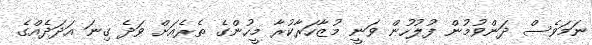
ނަމަވެސް ދަންވުމުން ފުލުހުން ވަނީ މުޒާހަރާކުރާ މީހުންގެ ތެރެއަށް ވަދެ ގިނަ އަދަދެއްގެ